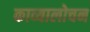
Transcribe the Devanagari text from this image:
काव्यालोचन